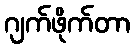
ဂျက်ဖိုက်တာ